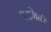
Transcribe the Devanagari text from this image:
पद्‌मिनी